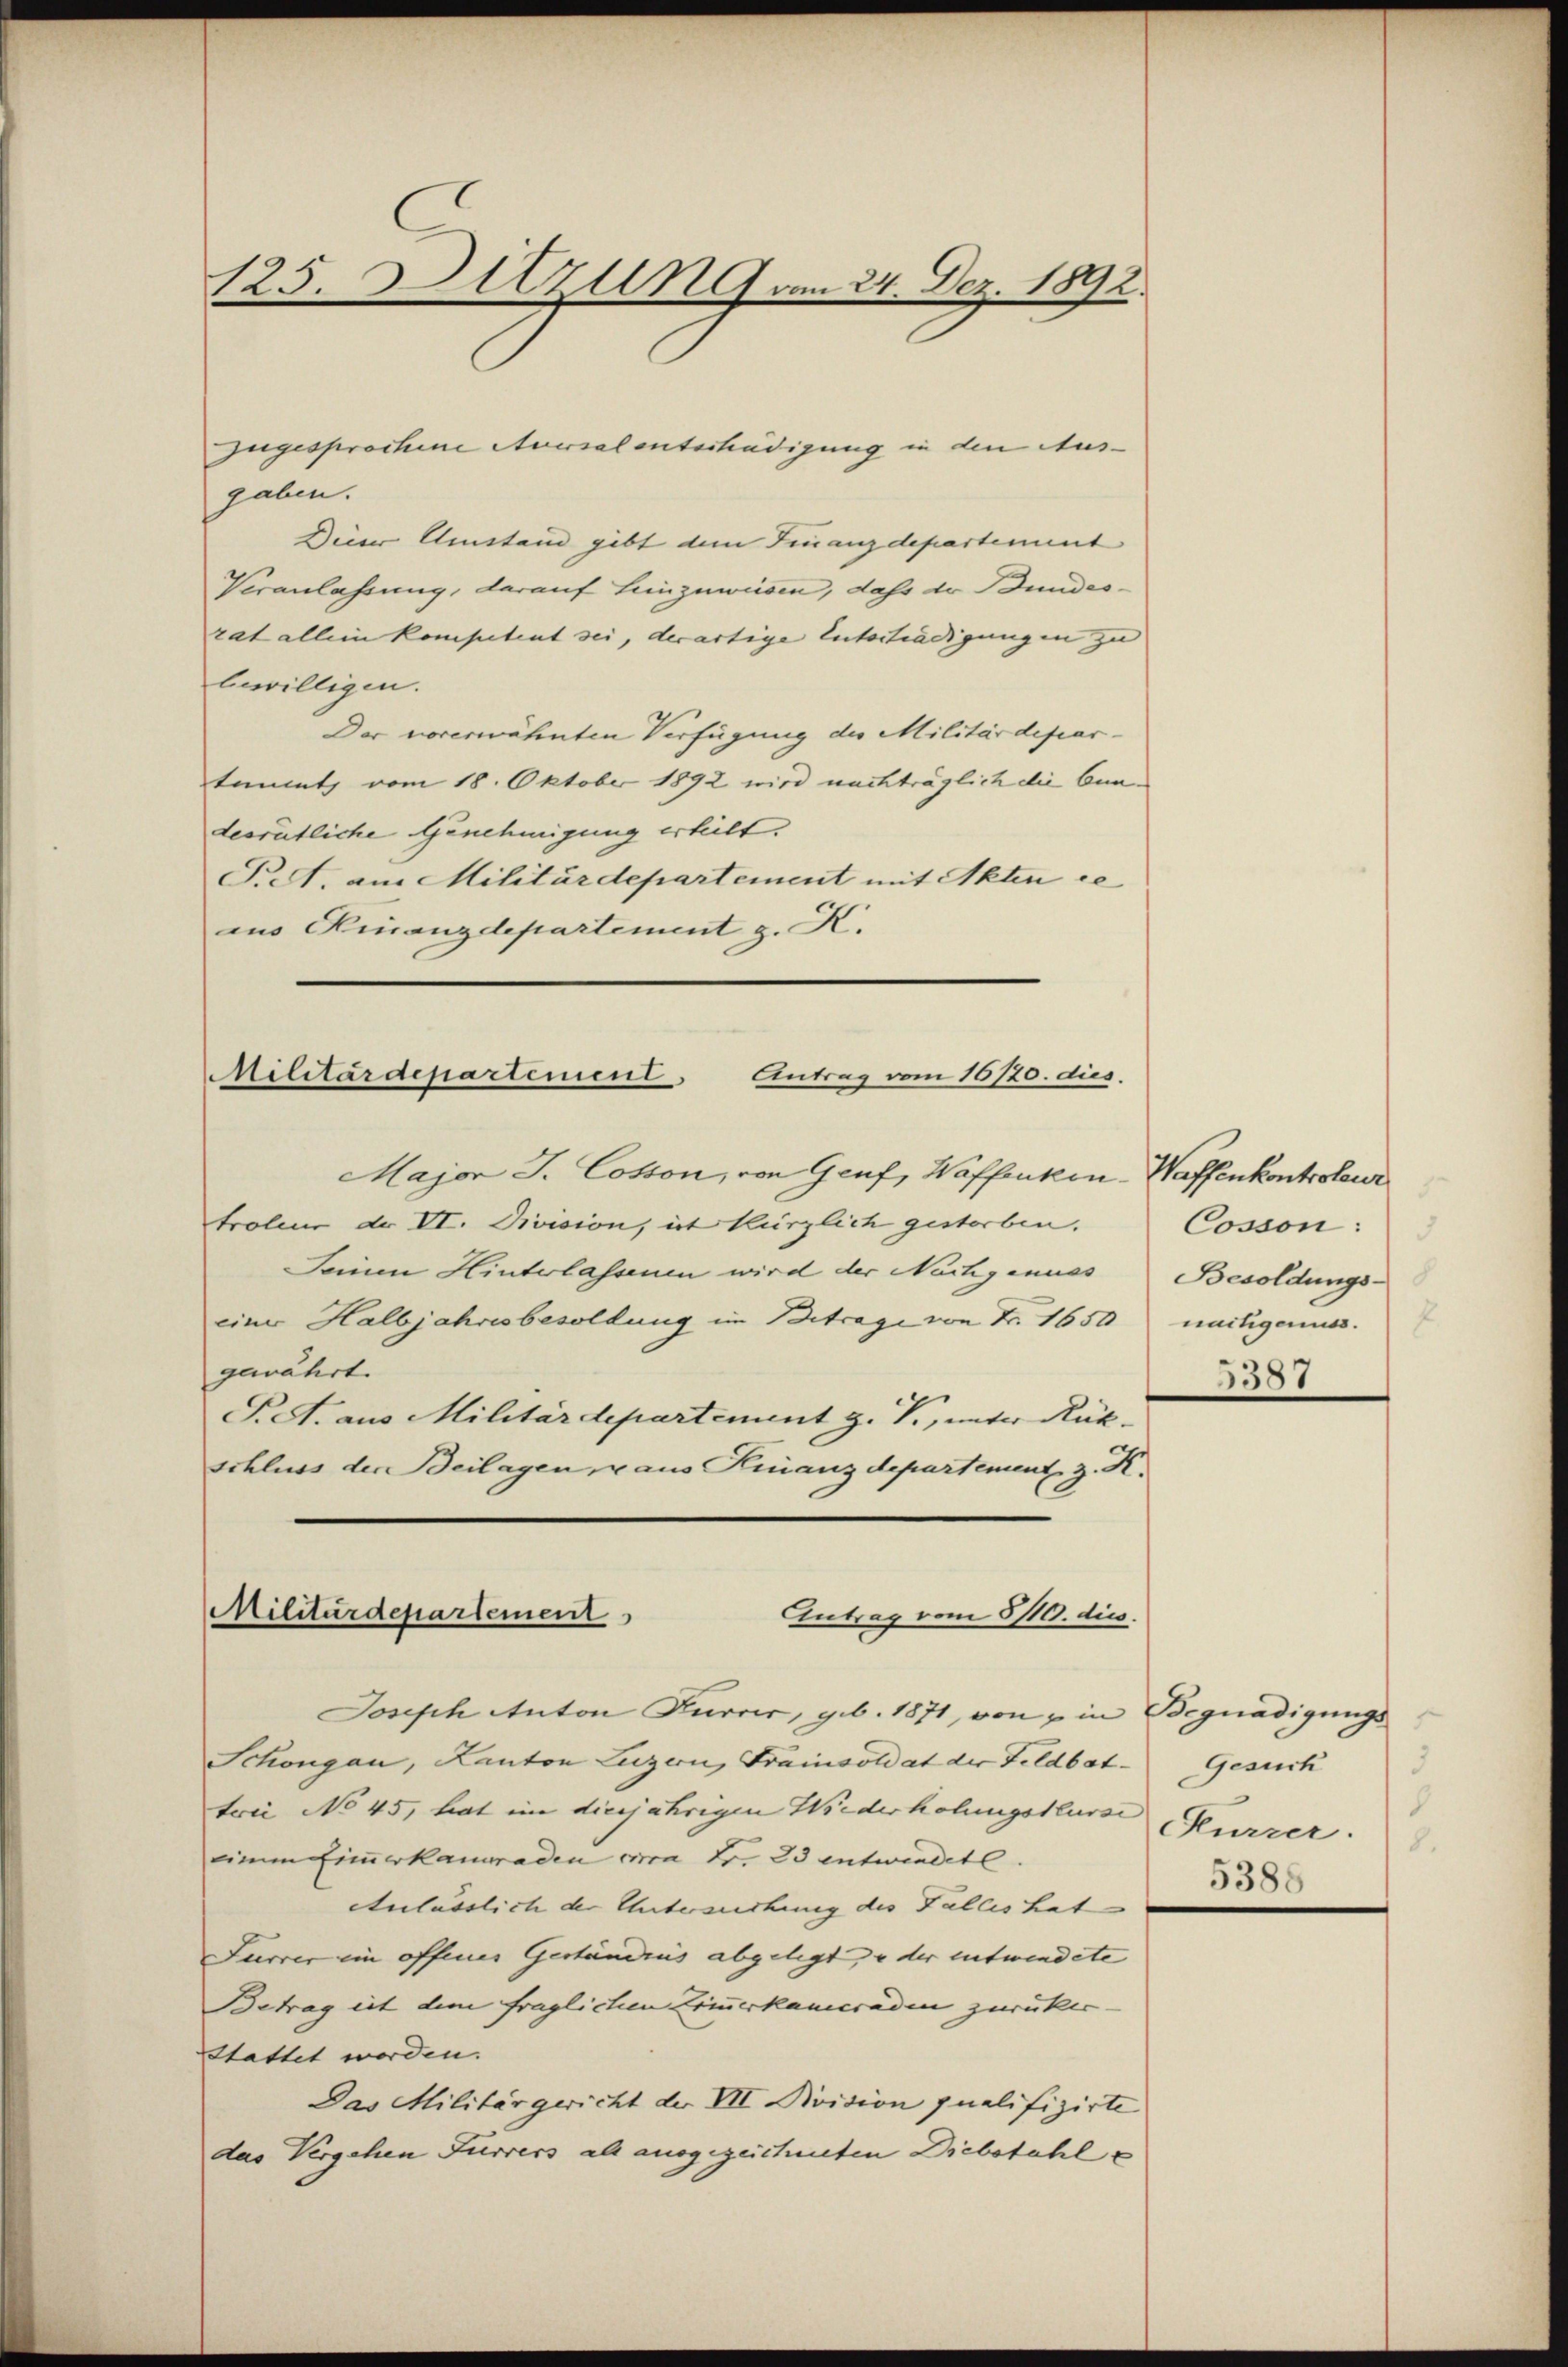
125. Sitzung am 24. Dez. 1892.

Zugesprochine Novalunterhadigung in den Ausgaben.
Die Umstand gibt dem Finanzdepartement
Veranlassung, darauf Seinzuweisen, dass de Bundesrat allein kompetent sei, derartige Entertradigungen zu
bewilligen.
Der vorerwähnten Verfügung der Militärdepartimmt, vom 18. Oktober 1892 wird nachträglich die bundesrätliche Genehmigung erheilt.
Pret. am Militärdepartement mit Akten ce
ius Hinanzdepartement z. K.

Militärdepartement. Antrag vom 16/20. dies

Major J. Cosson, von Genf, Waffenken- Waffenkontroleur
troline dr VI. Division, ist kürzlich gestorben. Cosson:
Seinen Hinterlassenen wird der Nachgenuss Besoldungseiner Halbjahresbesoldung im Betrage von Fr. 1650 nachgenuss.
gewährt.
Pret. aus Militärdepartement g. T., unter Rück-
schluss der Beilagen, u aus Kinanzdepartement z. K.

Militärdepartement
Antrag vom 5/10. dies

Joseph Anton Furrer, geb. 1871, von & in Begnadigungs¬
Schongau, Kanton Luzern, Frainsoldat der Feldbat- Gesuch
trii No 45, hat im diesjährigen Wiederholungskurs Furrer.
einem Eimerkameraden von Fr. 23 entwindete
Anlässlich der Untersuchung des Falles hat
Furrer im offenes Geständnis abgelegt, u der entwendete
Betrag ist dem fraglichen Zimmerkameraden zurücker-
Stattet worden. |
Das Militärgericht der VII Rivision qualifizirte
das Vergehen Furrers als ausgezeichneten Diebstahle

3387

8.

5386